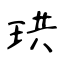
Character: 珙